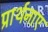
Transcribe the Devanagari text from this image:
प्रार्थनाए